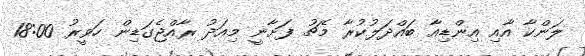
ލަންކާ އާއި އިންޑިއާ ބައްދަލުކުރާ މެޗު ފަށާނީ މިއަދު ރާއްޖެގަޑިން ހަވީރު 18:00